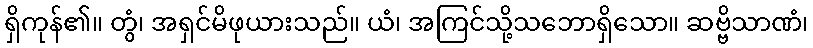
ရှိကုန်၏။ တွံ၊ အရှင်မိဖုယားသည်။ ယံ၊ အကြင်သို့သဘောရှိသော။ ဆဗ္ဗိသာဏံ၊